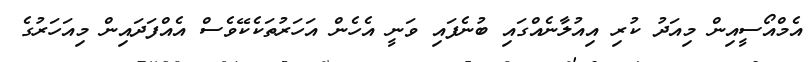
އެމްއޯސީއިން މިއަދު ކުރި އިއުލާނެއްގައި ބުނެފައި ވަނީ އެހެން އަހަރުތަކެކޭވެސް އެއްފަދައިން މިއަހަރުގެ